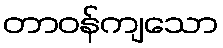
တာဝန်ကျသော